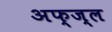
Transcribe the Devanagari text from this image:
अफ्ज्ल